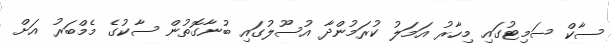
ސާކް ސަމިޓުގައި މިހާރު އަމަލު ކުރަމުންދާ އުސޫލުގައި ބުނާގޮތުން ސާކުގެ މެމްބަރު އަށް